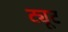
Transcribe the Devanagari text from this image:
ट्यूट